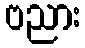
ဗညား